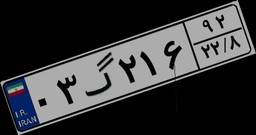
۰۳گ۲۱۶۹۲